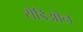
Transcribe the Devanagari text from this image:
रोडिओन